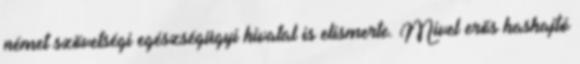
német szövetségi egészségügyi hivatal is elismerte. Mivel erős hashajtó